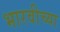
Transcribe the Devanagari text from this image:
भारवीच्या